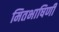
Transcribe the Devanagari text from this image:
मितभाषिणी